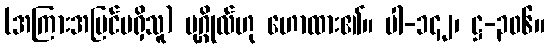
(အကြားအမြင်မရှိသူ) ပုဂ္ဂိုလ်ဟု ဟောထား၏။ ပါ-၁၄၂၊ ဋ္ဌ-၃၀၆။